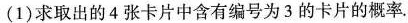
(1)求取出的4张卡片中含有编号为3的卡片的概率.